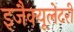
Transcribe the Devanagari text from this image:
इजैक्यूलेटरी